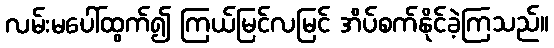
လမ်းမပေါ်ထွက်၍ ကြယ်မြင်လမြင် အိပ်စက်နိုင်ခဲ့ကြသည်။